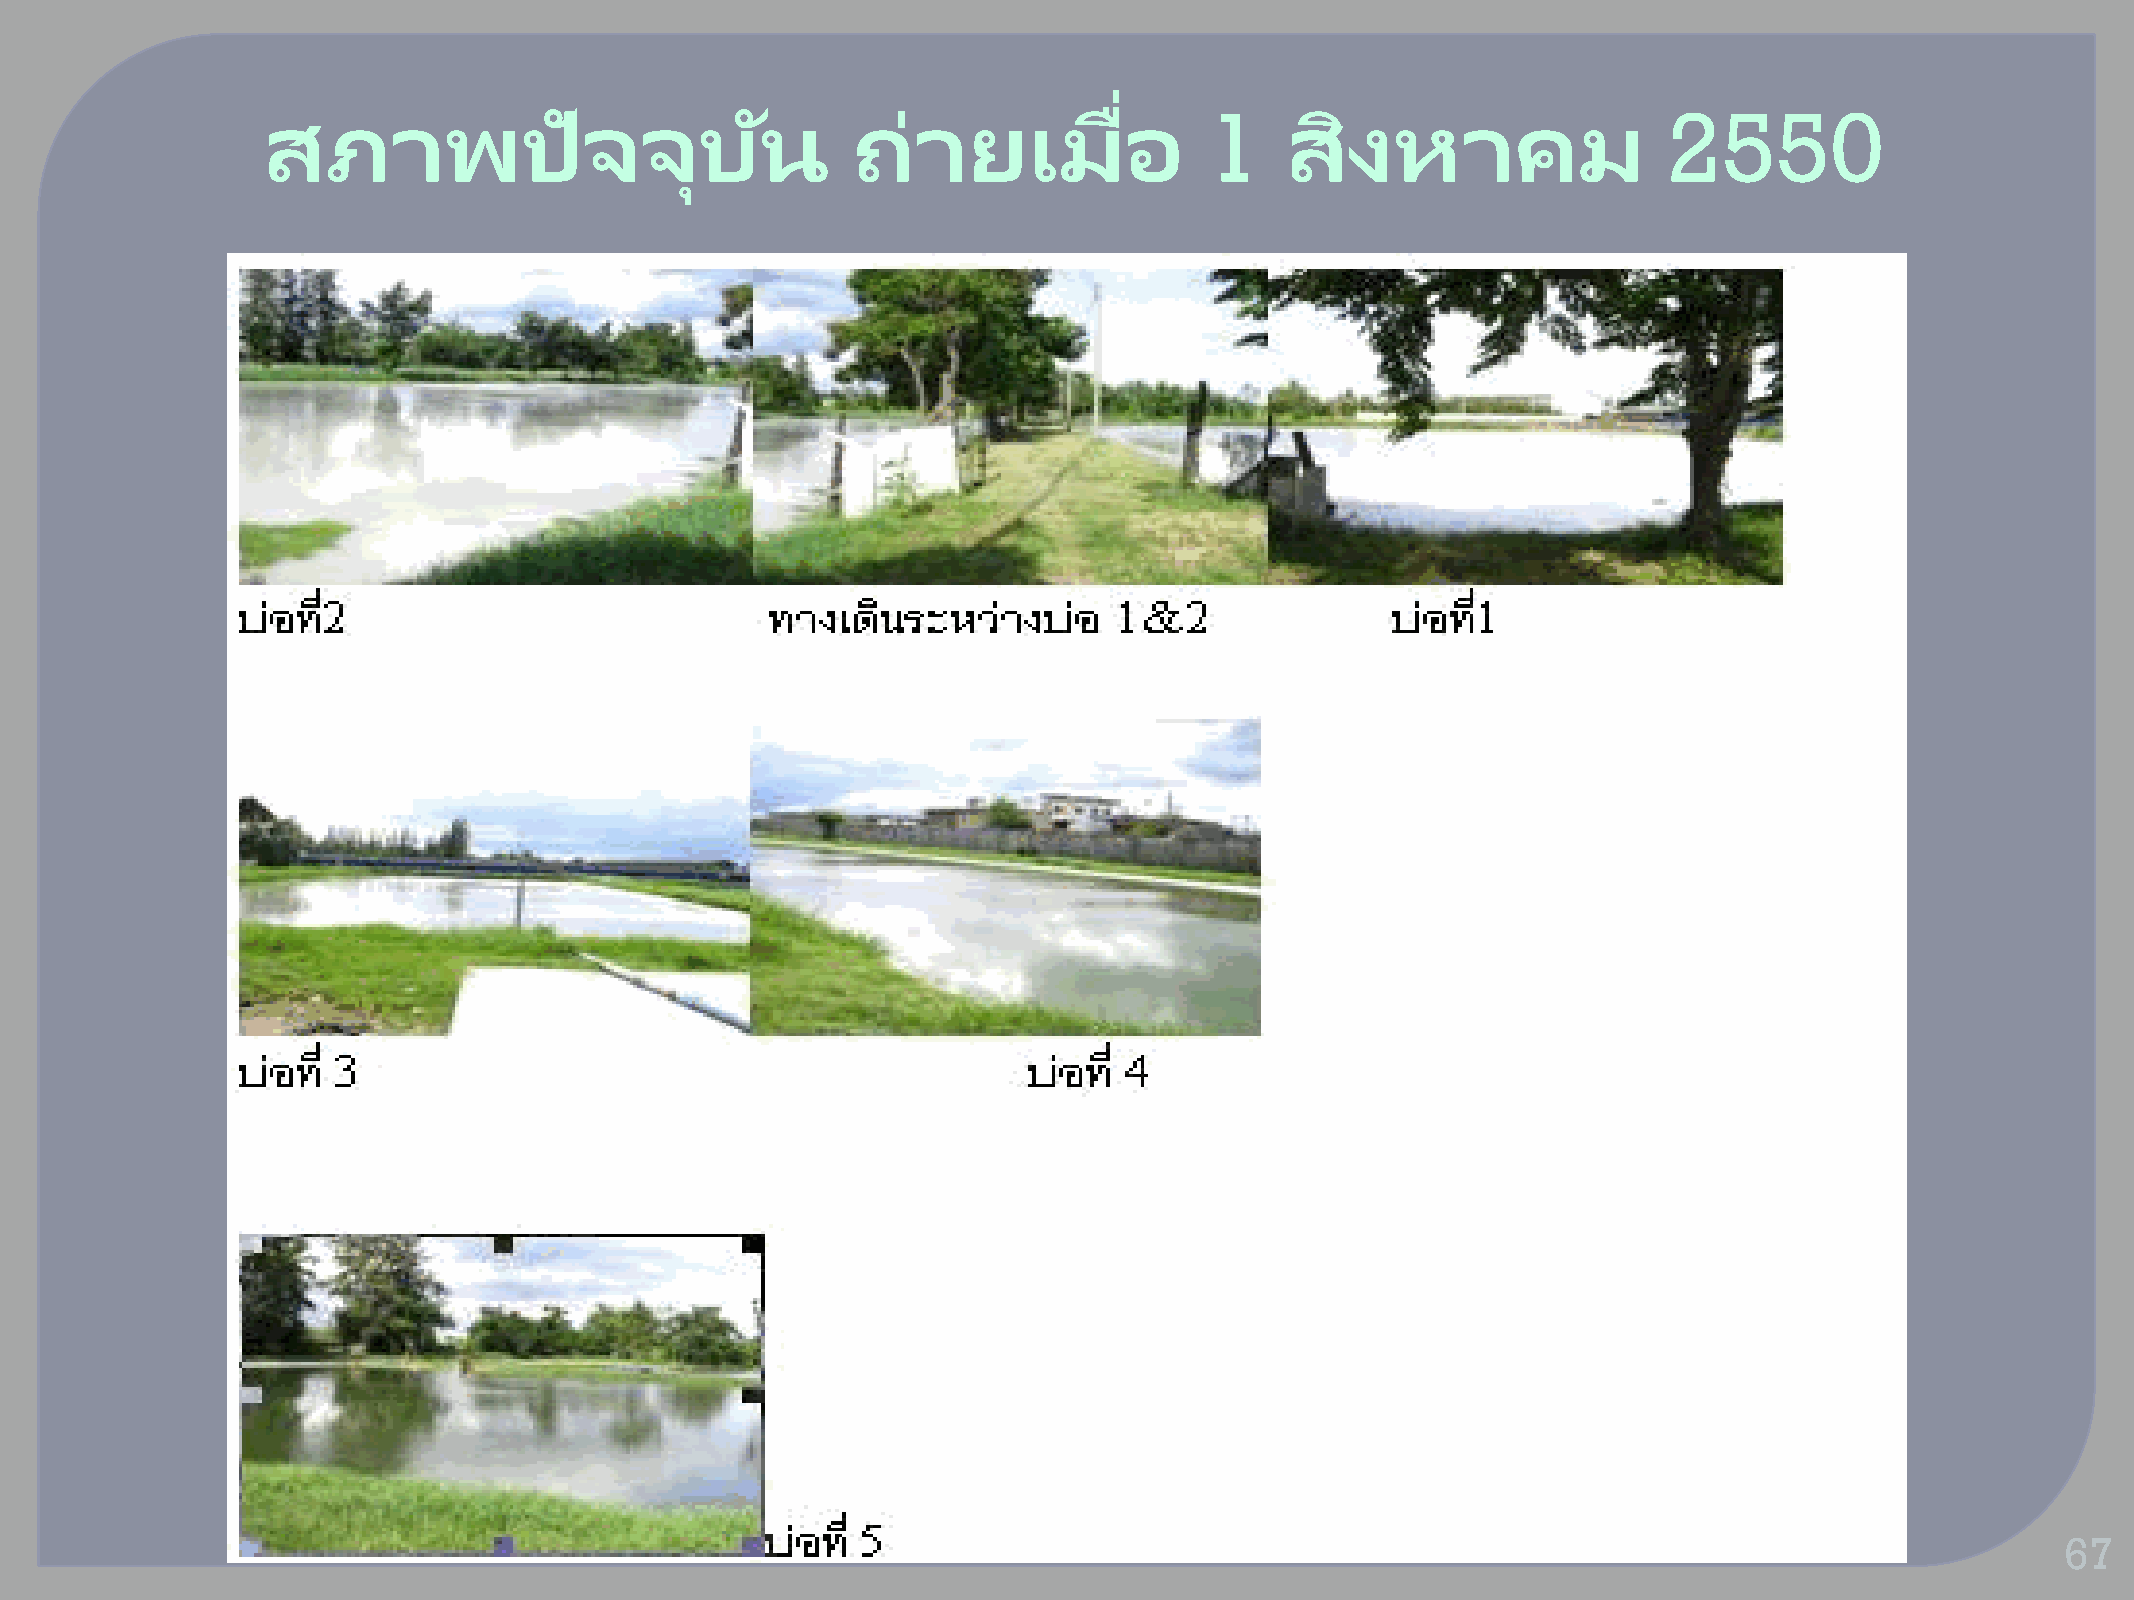
่
 สภาพปัจจบุ                       นั    ถา่     ยเมอื           1    สงิ    หาคม              2550
 67